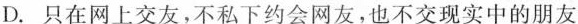
D.只在网上交友，不私下约会网友，也不交现实中的朋友